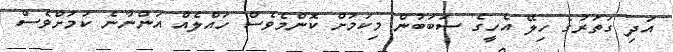
އަދި ގަތަރުގެ ހިލޭ އެހީގެ ސަބަބުން މިކަމަށް ކޮންމެވެސް ހައްލެއް އަންނާނެ ކަމަށްވެސް